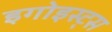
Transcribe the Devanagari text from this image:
इगोइस्ट्स